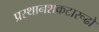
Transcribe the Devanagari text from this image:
प्रस्थानशकटारूढो